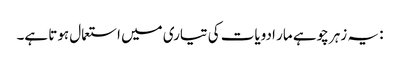
: یہ زہر چوہے مار ادویات کی تیاری میں استعمال ہوتا ہے۔